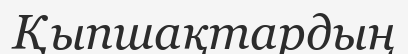
Қыпшақтардың